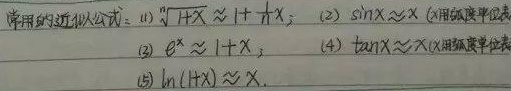
常用的近似公式：
(1) \(\sqrt{1 + x}\approx 1+\frac{x}{2}\)；
(2) \(\sin x\approx x\)（\(x\)用弧度单位表示）；
(3) \(e^{x}\approx 1 + x\)；
(4) \(\tan x\approx x\)（\(x\)用弧度单位表示）；
(5) \(\ln(1 + x)\approx x\)。